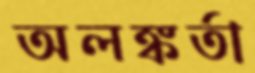
অলঙ্কর্তা